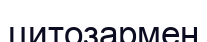
цитозармен